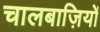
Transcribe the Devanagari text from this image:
चालबाज़ियों